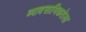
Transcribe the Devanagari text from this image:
व्यावसायिकतेला